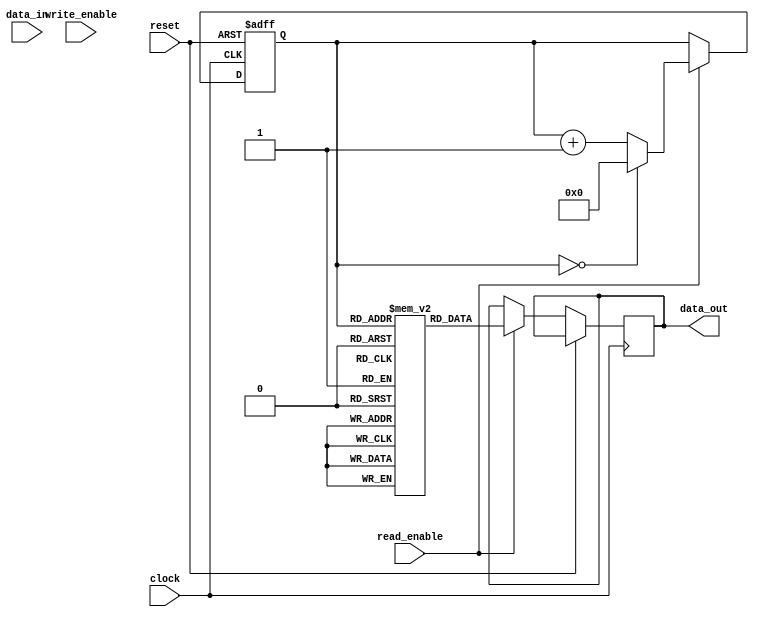
module Dual_port_FIFO (
    input wire clock,
    input wire reset,
    input wire write_enable,
    input wire read_enable,
    input wire [7:0] data_in,
    output reg [7:0] data_out
);

reg [7:0] buffer_1 [0:15]; // First FIFO buffer
reg [7:0] buffer_2 [0:15]; // Second FIFO buffer
reg [3:0] write_ptr_1 = 4'd0; // Write pointer for buffer 1
reg [3:0] read_ptr_1 = 4'd0; // Read pointer for buffer 1
reg [3:0] write_ptr_2 = 4'd0; // Write pointer for buffer 2
reg [3:0] read_ptr_2 = 4'd0; // Read pointer for buffer 2

always @(posedge clock or posedge reset) begin
    if (reset) begin // Reset values
        write_ptr_1 <= 4'd0;
        read_ptr_1 <= 4'd0;
        write_ptr_2 <= 4'd0;
        read_ptr_2 <= 4'd0;
    end else begin
        if (write_enable) begin // Write data to buffers
            buffer_1[write_ptr_1] <= data_in;
            write_ptr_1 <= write_ptr_1 + 1;
            if (write_ptr_1 == 4'd16) begin
                write_ptr_1 <= 4'd0;
            end
        end
        
        if (read_enable) begin // Read data from buffers
            data_out <= buffer_2[read_ptr_2];
            read_ptr_2 <= read_ptr_2 + 1;
            if (read_ptr_2 == 4'd16) begin
                read_ptr_2 <= 4'd0;
            end
        end
    end
end

endmodule